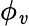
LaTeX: \phi_{\mathit{v}}